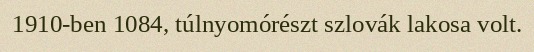
1910-ben 1084, túlnyomórészt szlovák lakosa volt.